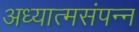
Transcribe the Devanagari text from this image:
अध्यात्मसंपन्न